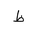
Letter: _za